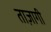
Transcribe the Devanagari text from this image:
ताज़ागी